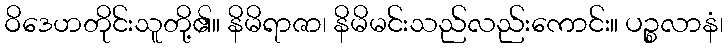
ဝိဒေဟတိုင်းသူတို့၏။ နိမိရာဇာ၊ နိမိမင်းသည်လည်းကောင်း။ ပဉ္စလာနံ၊